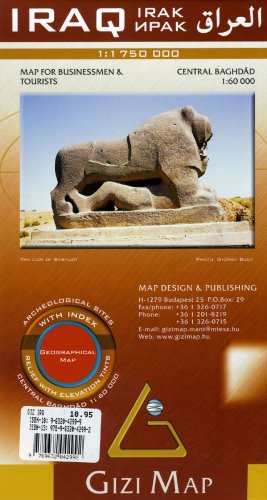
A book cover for Iraq: Central Baghdad Map; Gizi Map; Travel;